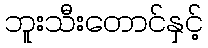
ဘူးသီးတောင်နှင့်